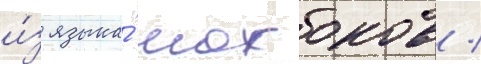
и́з языка́ мохоков /